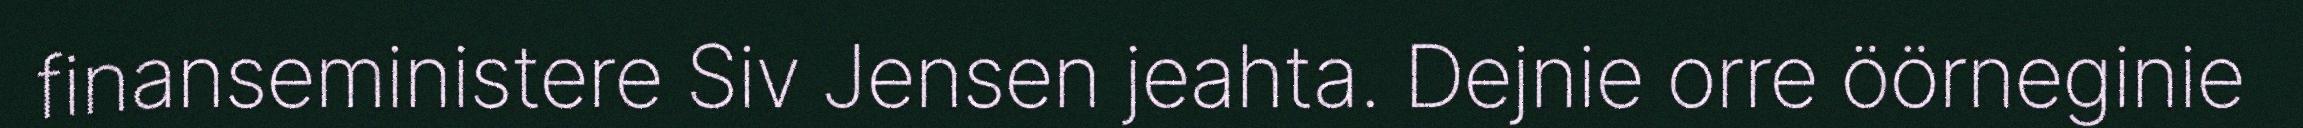
finanseministere Siv Jensen jeahta. Dejnie orre öörneginie